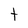
Character: t